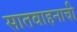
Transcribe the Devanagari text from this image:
सातवाहनाची